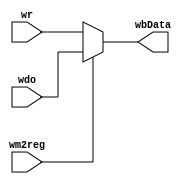
`timescale 1ns / 1ps
module WB_multiplexer(
    input [31:0] wr,
    input [31:0] wdo,
    input wm2reg,
    output reg [31:0] wbData
    );
    always @(*) begin
        if(wm2reg == 1'b0) 
            wbData = wr;
        else
            wbData = wdo;
    end
endmodule